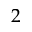
2